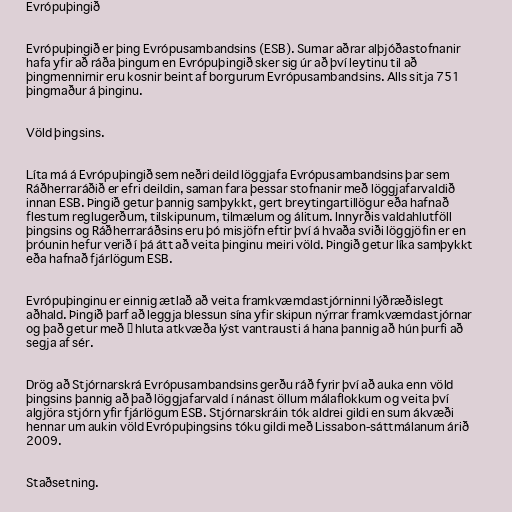
Evrópuþingið

Evrópuþingið er þing Evrópusambandsins (ESB). Sumar aðrar alþjóðastofnanir
hafa yfir að ráða þingum en Evrópuþingið sker sig úr að því leytinu til að
þingmennirnir eru kosnir beint af borgurum Evrópusambandsins. Alls sitja 751
þingmaður á þinginu.

Völd þingsins.

Líta má á Evrópuþingið sem neðri deild löggjafa Evrópusambandsins þar sem
Ráðherraráðið er efri deildin, saman fara þessar stofnanir með löggjafarvaldið
innan ESB. Þingið getur þannig samþykkt, gert breytingartillögur eða hafnað
flestum reglugerðum, tilskipunum, tilmælum og álitum. Innyrðis valdahlutföll
þingsins og Ráðherraráðsins eru þó misjöfn eftir því á hvaða sviði löggjöfin er en
þróunin hefur verið í þá átt að veita þinginu meiri völd. Þingið getur líka samþykkt
eða hafnað fjárlögum ESB.

Evrópuþinginu er einnig ætlað að veita framkvæmdastjórninni lýðræðislegt
aðhald. Þingið þarf að leggja blessun sína yfir skipun nýrrar framkvæmdastjórnar
og það getur með ⅔ hluta atkvæða lýst vantrausti á hana þannig að hún þurfi að
segja af sér.

Drög að Stjórnarskrá Evrópusambandsins gerðu ráð fyrir því að auka enn völd
þingsins þannig að það löggjafarvald í nánast öllum málaflokkum og veita því
algjöra stjórn yfir fjárlögum ESB. Stjórnarskráin tók aldrei gildi en sum ákvæði
hennar um aukin völd Evrópuþingsins tóku gildi með Lissabon-sáttmálanum árið
2009.

Staðsetning.